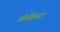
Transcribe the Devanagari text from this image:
कॅबिनट